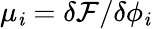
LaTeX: \mu_{\mathit{i}}={\delta\mathcal{{F}}}/{\delta{\phi_{\mathit{i}}}}